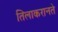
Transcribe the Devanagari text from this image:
तिलाकरानते